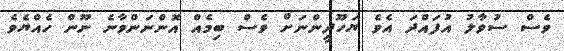
ވެސް ސުވާލު އުފައްދަ އެވެ ޔަހޫދީންނަށް ވެސް ބިމެއް އޮންނަންވާނެ ނޫން ހެއްޔެވެ